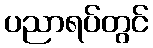
ပညာရပ်တွင်